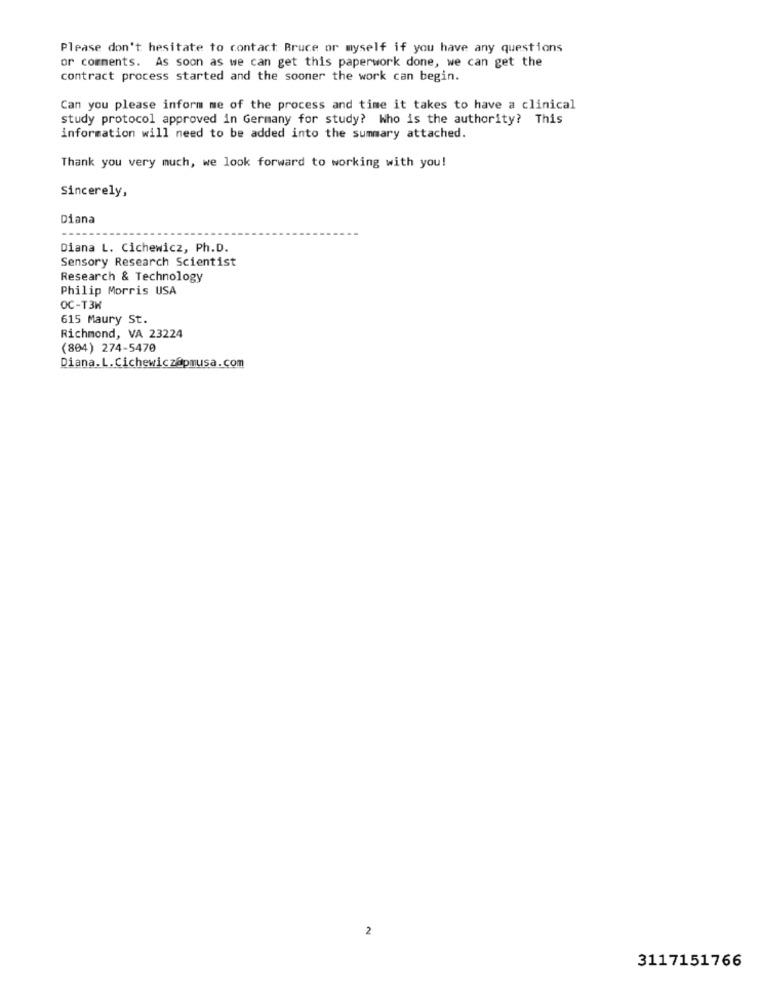
Please don't hesitate to contact Bruce or myself if you have any questions
or comments. As soon as we can get this paperwork done, we can get the
contract process started and the sooner the work can begin.
Can you please inform me of the process and time it takes to have a clinical
study protocol approved in Germany for study? Who is the authority? This
information will need to be added into the summary attached.
Thank you very much, we look forward to working with you!
Sincerely,
Diana
Diana L. Cichewicz, Ph.D.
Sensory Research Scientist
Research & Technology
Philip Morris USA
OC-T3H
615 Maury St.
Richmond, VA 23224
(804) 274-5470
Diana.L.Cichewicz@pmusa.com
2
3117151766